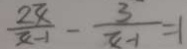
\frac { 2 x } { x - 1 } - \frac { 3 } { x - 1 } = 1